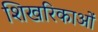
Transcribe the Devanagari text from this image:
शिखरिकाओं